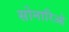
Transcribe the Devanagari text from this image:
सोनारिओ